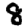
Digit: 8